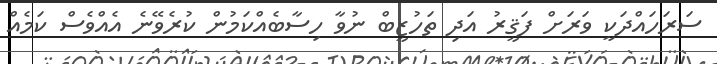
ސަރަހައްދަކީ ވަރަށް ފަޤީރު އަދި ތަހުޒީބް ނުވާ ހިސާބެއްކަމުން ކުރެވޭނެ އެއްވެސް ކަމެއް